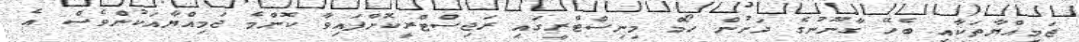
ޖަމިއްޔާތަކާއި ބެހޭ ގާނޫނުގެ ދަށުން ހޯމް މިނިސްޓްރީގައި ރަޖިސްޓްރީކޮށްފައިވާ ކޮންމެ ޖަމިއްޔާއަކުންވެސް އެ